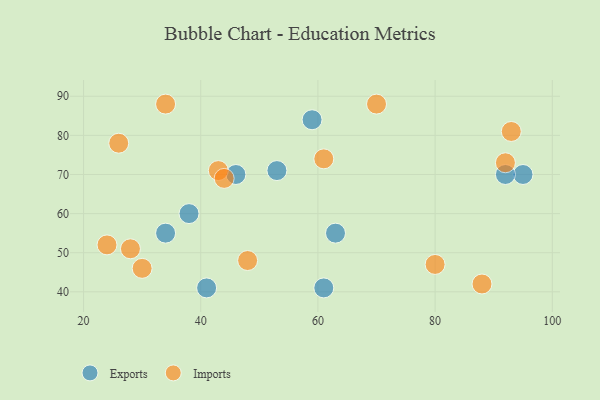
{"axis": {"x": "GDP", "y": "Life Expectancy"}, "legend": ["Exports", "Imports"], "data": [{"x": "46", "y": 70, "type": "Exports"}, {"x": "95", "y": 70, "type": "Exports"}, {"x": "41", "y": 41, "type": "Exports"}, {"x": "92", "y": 70, "type": "Exports"}, {"x": "34", "y": 55, "type": "Exports"}, {"x": "38", "y": 60, "type": "Exports"}, {"x": "61", "y": 41, "type": "Exports"}, {"x": "63", "y": 55, "type": "Exports"}, {"x": "59", "y": 84, "type": "Exports"}, {"x": "53", "y": 71, "type": "Exports"}, {"x": "70", "y": 88, "type": "Imports"}, {"x": "88", "y": 42, "type": "Imports"}, {"x": "26", "y": 78, "type": "Imports"}, {"x": "80", "y": 47, "type": "Imports"}, {"x": "43", "y": 71, "type": "Imports"}, {"x": "24", "y": 52, "type": "Imports"}, {"x": "30", "y": 46, "type": "Imports"}, {"x": "93", "y": 81, "type": "Imports"}, {"x": "92", "y": 73, "type": "Imports"}, {"x": "44", "y": 69, "type": "Imports"}, {"x": "34", "y": 88, "type": "Imports"}, {"x": "28", "y": 51, "type": "Imports"}, {"x": "48", "y": 48, "type": "Imports"}, {"x": "61", "y": 74, "type": "Imports"}]}